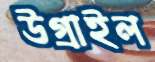
উগ্‌রাইল